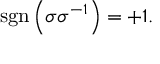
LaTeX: \operatorname { s g n } \left( \sigma \sigma ^ { - 1 } \right) = + 1 .